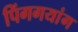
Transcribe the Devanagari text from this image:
पिंगगयांग